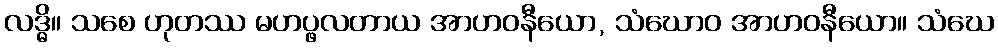
လဒ္ဓိ။ သစေ ဟုတဿ မဟပ္ဖလတာယ အာဟဝနီယော, သံဃောဝ အာဟဝနီယော။ သံဃေ